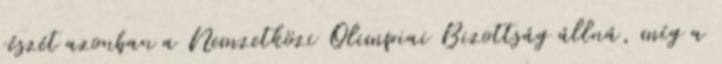
részét azonban a Nemzetközi Olimpiai Bizottság állná, míg a